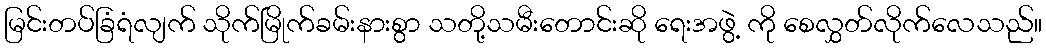
မြင်းတပ်ခြံရံလျက် သိုက်မြိုက်ခမ်းနားစွာ သတို့သမီးတောင်းဆို ရေးအဖွဲ့ ကို စေလွှတ်လိုက်လေသည်။